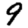
Digit: 9